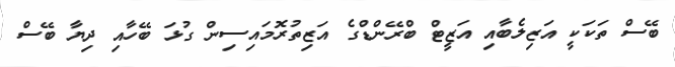
ބޭސް ތަކަކީ އަޒިލެބާއި އަޒީޓް ބްރޭންޑްގެ އަޒިތުރޮމައިސިން ގުޅަ ބޭހާއި ދިޔާ ބޭސް